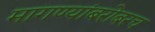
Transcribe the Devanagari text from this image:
मागण्यांबरोबरच